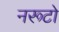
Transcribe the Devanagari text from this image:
नरूटो